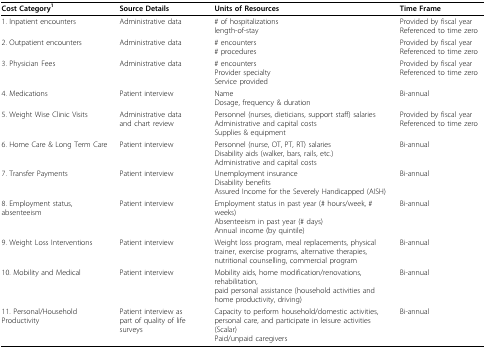
<table><thead><tr><td><b>Cost Category<sup>1</sup></b></td><td><b>Source Details</b></td><td><b>Units of Resources</b></td><td><b>Time Frame</b></td></tr></thead><tbody><tr><td>1. Inpatient encounters</td><td>Administrative data</td><td># of hospitalizationslength-of-stay</td><td>Provided by fiscal yearReferenced to time zero</td></tr><tr><td>2. Outpatient encounters</td><td>Administrative data</td><td># encounters# procedures</td><td>Provided by fiscal yearReferenced to time zero</td></tr><tr><td>3. Physician Fees</td><td>Administrative data</td><td># encountersProvider specialtyService provided</td><td>Provided by fiscal yearReferenced to time zero</td></tr><tr><td>4. Medications</td><td>Patient interview</td><td>NameDosage, frequency &amp; duration</td><td>Bi-annual</td></tr><tr><td>5. Weight Wise Clinic Visits</td><td>Administrative data and chart review</td><td>Personnel (nurses, dieticians, support staff) salariesAdministrative and capital costsSupplies &amp; equipment</td><td>Provided by fiscal yearReferenced to time zero</td></tr><tr><td>6. Home Care &amp; Long Term Care</td><td>Patient interview</td><td>Personnel (nurse, OT, PT, RT) salariesDisability aids (walker, bars, rails, etc.)Administrative and capital costs</td><td>Bi-annual</td></tr><tr><td>7. Transfer Payments</td><td>Patient interview</td><td>Unemployment insuranceDisability benefitsAssured Income for the Severely Handicapped (AISH)</td><td>Bi-annual</td></tr><tr><td>8. Employment status, absenteeism</td><td>Patient interview</td><td>Employment status in past year (# hours/week, # weeks)Absenteeism in past year (# days)Annual income (by quintile)</td><td>Bi-annual</td></tr><tr><td>9. Weight Loss Interventions</td><td>Patient interview</td><td>Weight loss program, meal replacements, physical trainer, exercise programs, alternative therapies, nutritional counselling, commercial program</td><td>Bi-annual</td></tr><tr><td>10. Mobility and Medical</td><td>Patient interview</td><td>Mobility aids, home modification/renovations, rehabilitation, paid personal assistance (household activities and home productivity, driving)</td><td>Bi-annual</td></tr><tr><td>11. Personal/Household Productivity</td><td>Patient interview as part of quality of life surveys</td><td>Capacity to perform household/domestic activities, personal care, and participate in leisure activities (Scalar)Paid/unpaid caregivers</td><td>Bi-annual</td></tr></tbody></table>